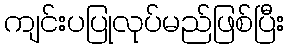
ကျင်းပပြုလုပ်မည်ဖြစ်ပြီး